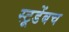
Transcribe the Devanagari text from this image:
स्टूडेंबच